Vaccination in the Punjab 1867-1880 - 1867-1880
Year: 1867
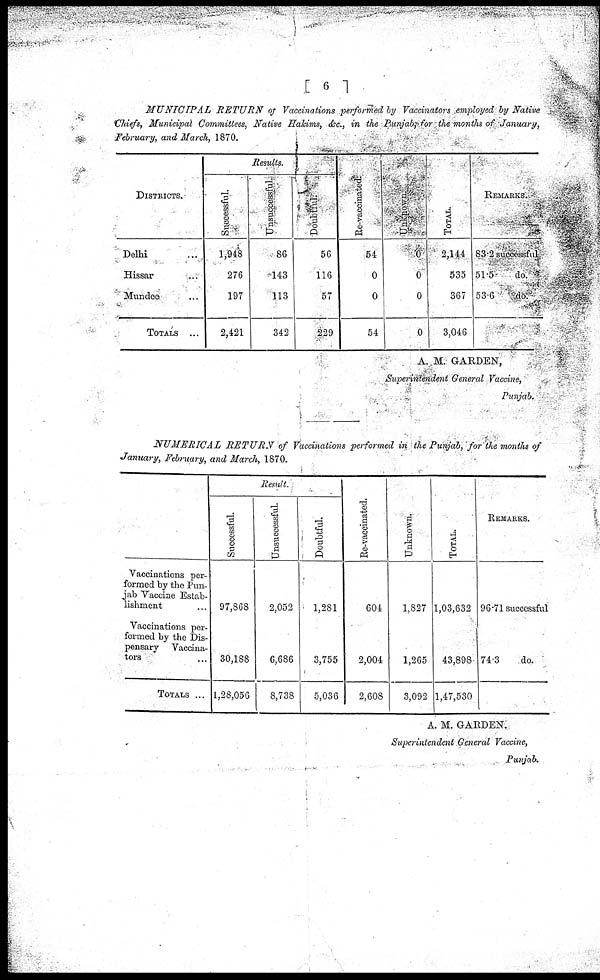
[ 6 ]
MUNICIPAL
RETURN
of Vaccinations performed by Vaccinators employed by Native
Chiefs, Municipal Committees, Native Hakims, &c, in the Punjab; for the months of January
February, and March, 1870.
DISTRICTS.
Delhi ...
Hissar ...
Mundee ...
TOTALS ...
Results.
Successful.
1,948
276
197
2,421
Unsuccessful.
86
-143
113
342
Doubtful
56
116
57
229
Re-vaccinated
54
0
0
54
Unknown
0
0
0
0
TOTAL.
2,144
535
367
3,046
REMARKS.
83.2 successful
51.5
do.
53.6
do.
A. M. GARDEN,
Superintendent General Vaccine,
Punjab.
NUMERICAL
RETURN
of Vaccinations performed in the Punjab, for the months of
January, February, and March, 1870.
Vaccinations per-
formed by the Pun-
jab Vaccine Estab-
lishment ...
Vaccinations per-
formed by the Dis-
pensary Vaccina-
tors ...
TOTALS ...
Result.
Successful.
97,868
30,188
1,28,056
Unsuccessful.
2,052
6,686
8,738
Doubtful.
1,281
3,755
5,036
Re-vaccinated.
604
2,004
2,60S
Unknown.
l,827
1,265
3,092
TOTAL.
1,03,632
43,898
1,47,530
REMARKS.
96.71 successful
74.3
do.
A. M. GARDEN.
Superintendent General Vaccine,
Punjab.